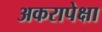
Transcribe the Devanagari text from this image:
अकरापेक्षा